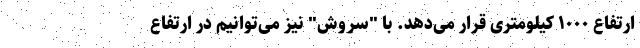
ارتفاع ۱۰۰۰ کیلومتری قرار می‌دهد. با "سروش" نیز می‌توانیم در ارتفاع